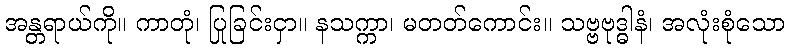
အန္တရာယ်ကို။ ကာတုံ၊ ပြုခြင်းငှာ။ နသက္ကာ၊ မတတ်ကောင်း။ သဗ္ဗဗုဒ္ဓါနံ၊ အလုံးစုံသော